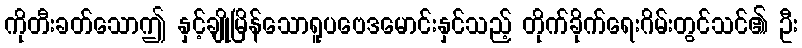
ကိုတီးခတ်သောဤ နှင့်ချိုမြိန်သောရူပဗေဒမောင်းနှင်သည့် တိုက်ခိုက်ရေးဂိမ်းတွင်သင်၏ ဦး